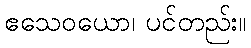
ဧသေဝယော၊ ပင်တည်း။